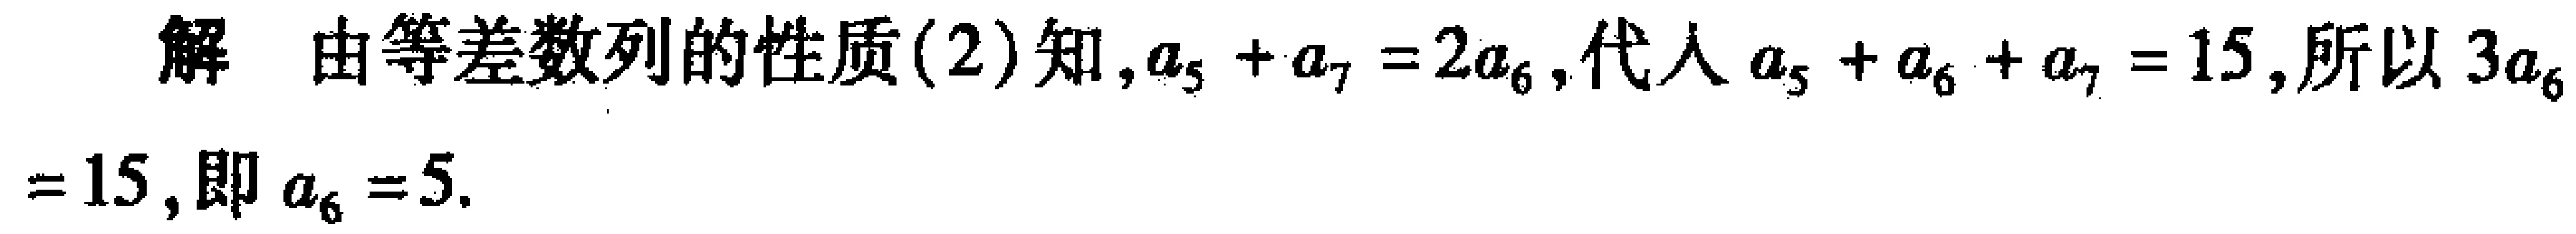
解 由等差数列的性质(2)知,$a_{5} + a_{7} = 2a_{6}$,代入$a_{5} + a_{6} + a_{7} = 15$,所以$3a_{6}= 15$,即$a_{6} = 5$.